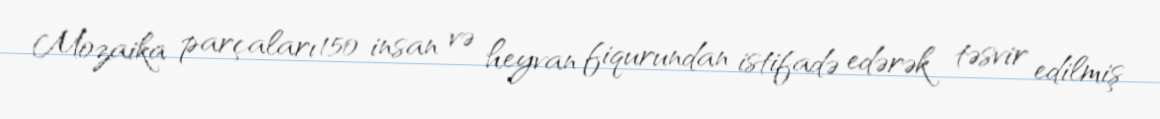
Mozaika parçaları 150 insan və heyvan fiqurundan istifadə edərək təsvir edilmiş